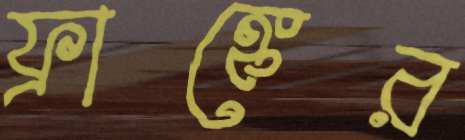
ফ্রাঙ্কের